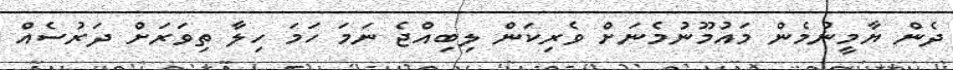
ދެން ޔާމީނުމެން މައުމޫނުމެނަށް ވެރިކަން ލިބިއްޖެ ނަމަ ހަމަ ހިލާ ތިވަރަށް ދަރުސެއް